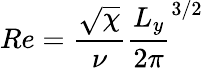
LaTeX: Re=\frac{\sqrt{\chi}}{\nu}\frac{L_{y}}{2\pi}^{3/2}